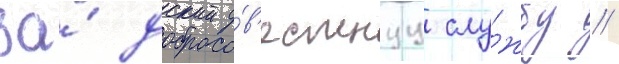
за́ добросо́в'естнуу слу́жбу //